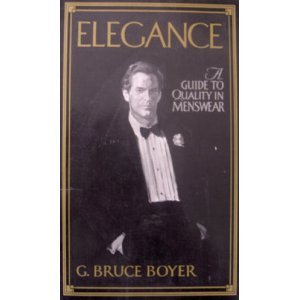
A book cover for Elegance: A Guide to Quality in Menswear; G. Bruce Boyer; Health, Fitness & Dieting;